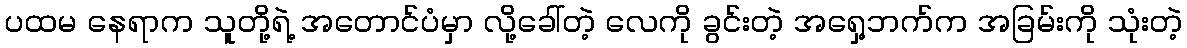
ပထမ နေရာက သူတို့ရဲ့ အတောင်ပံမှာ လို့ခေါ်တဲ့ လေကို ခွင်းတဲ့ အရှေ့ဘက်က အခြမ်းကို သုံးတဲ့